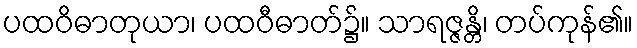
ပထဝိဓာတုယာ၊ ပထဝီဓာတ်၌။ သာရဇ္ဇန္တိ၊ တပ်ကုန်၏။